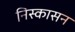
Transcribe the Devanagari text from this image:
निस्कासन